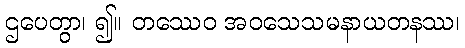
ဌပေတွာ၊ ၍။ တဿေဝ အဝသေသမနာယတနဿ၊